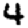
Digit: 4